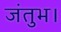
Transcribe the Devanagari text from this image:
जंतुभ।